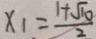
x _ { 1 } = \frac { 1 + \sqrt { 1 0 } } { 2 }